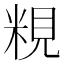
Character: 粯